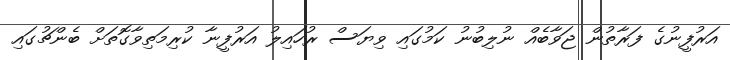
އަރުފީނުގެ ފަރާތުން ޖަވާބެއް ނުލިބުނު ކަމުގައި ވިޔަސް ރުހައިލު އަރުފީނާ ކުރިމަތިވާގޮތަށް ބެންޗުގައި